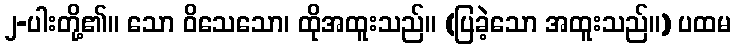
၂-ပါးတို့၏။ သော ဝိသေသော၊ ထိုအထူးသည်။ (ပြခဲ့သော အထူးသည်။) ပထမ